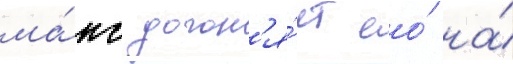
ма́кс догон'я́ет ео́ на́